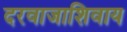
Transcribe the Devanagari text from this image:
दरवाजाशिवाय